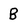
Character: B